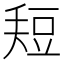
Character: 𰶚